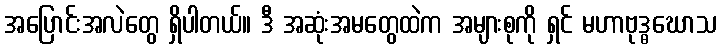
အပြောင်းအလဲတွေ ရှိပါတယ်။ ဒီ အဆုံးအမတွေထဲက အများစုကို ရှင် မဟာဗုဒ္ဓဃောသ